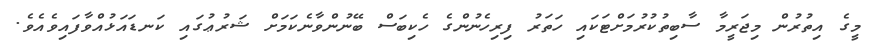
މީގެ އިތުރުން މިޖަރީމާ ސާބިތުކުރުމަށްޓަކައި ހަތަރު ފިރިހެނުންގެ ހެކިބަސް ބޭނުންވާނެކަމަށް ޝަރުޢުގައި ކަނޑައަޅުއްވާފައިވެއެވެ.